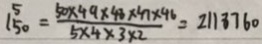
1 5 0 = \frac { 5 0 \times 4 9 \times 4 8 \times 4 7 \times 4 6 } { 5 \times 4 \times 3 \times 2 } = 2 1 1 8 7 6 0